Newspaper: The Indianapolis journal. [volume]
Place of publication: Indianapolis [Ind.]
Publisher: Douglass & Conner
Date: 1895-07-18 00:00:00
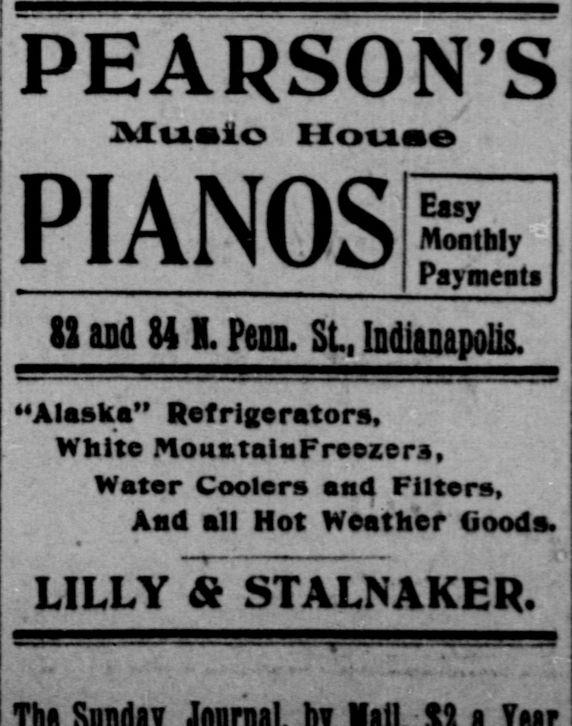
Advertisement text (OCR):
PEARSON'S Muoio Houoo PIANO Easy Monthly Payrnenti and 84 n. Penn SL, Indianapolis. "Alaska" Refrigerators, White MountalaFreezera, Water Coolers and Filters, And all Hot Weather Goods. LILLY & STALNAKER.
Label: text-only